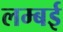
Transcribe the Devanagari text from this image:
लम्बई